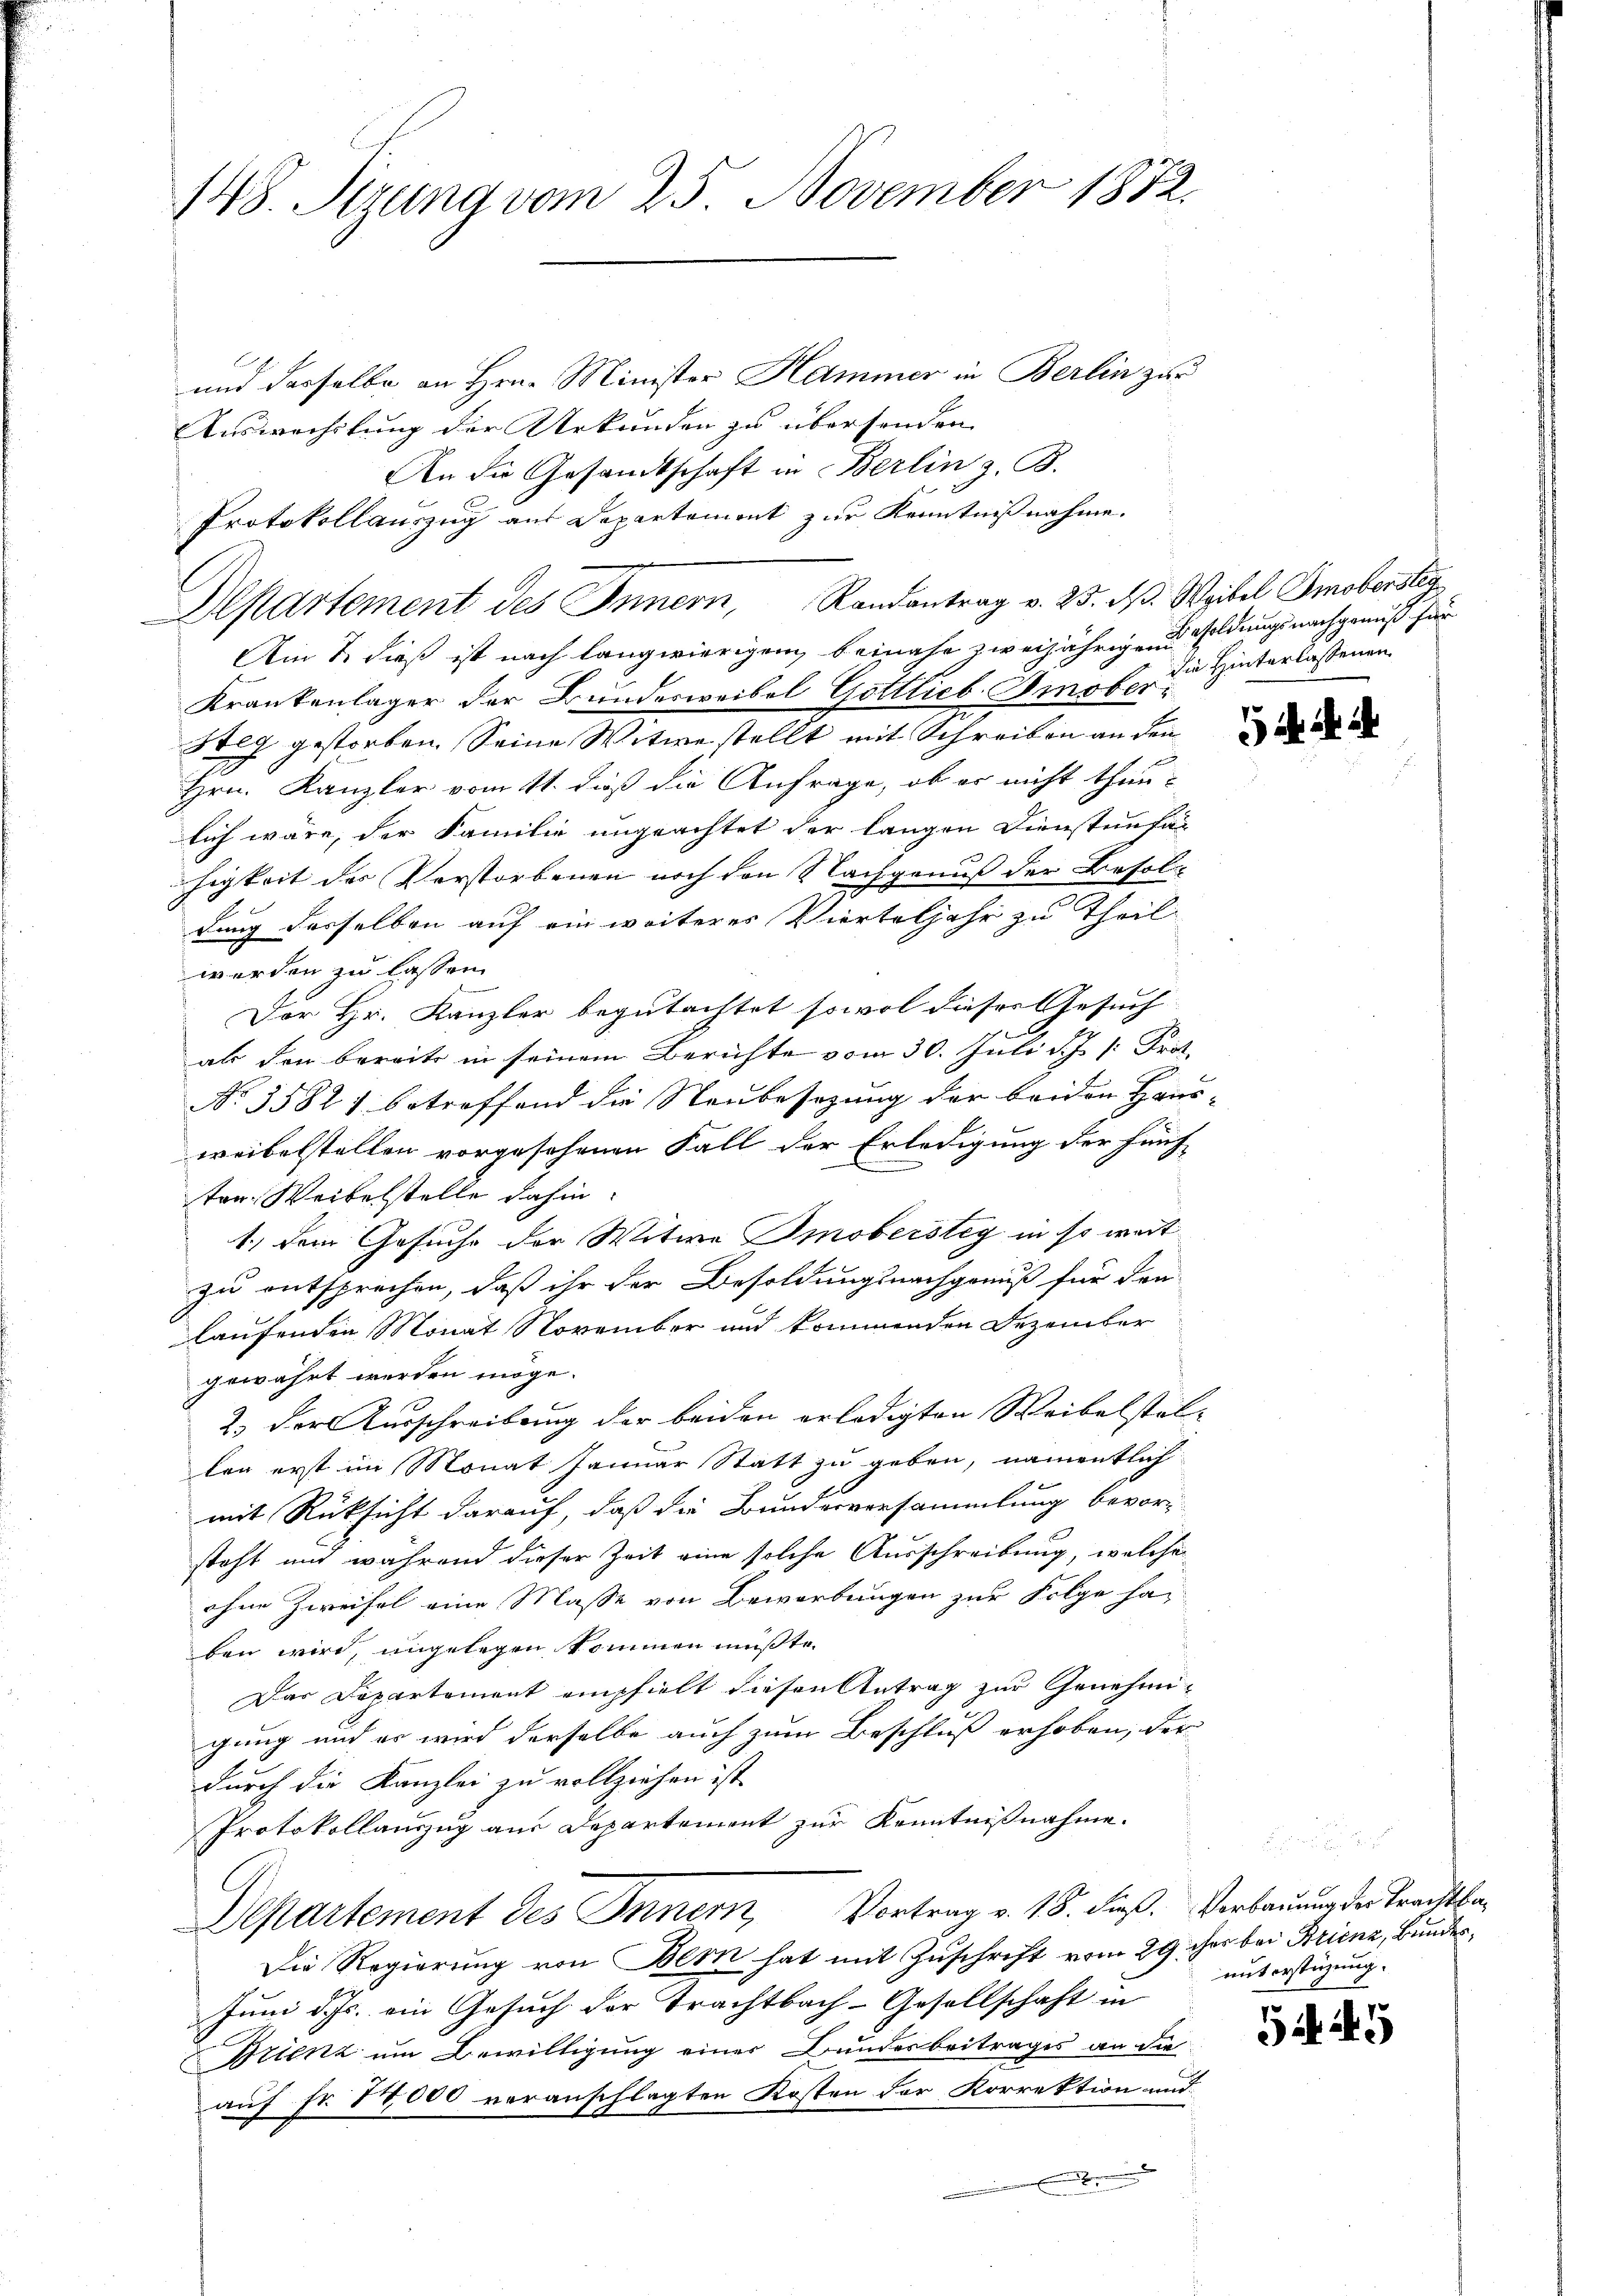
148. Sizung vom 25. November 1872.

und dasselbe an Hrn. Minister Hammer in Berlin zur
Auswechstung der Urkunden zu übersenden |
An die Gesamtschaft in Berlin z. B.
Protokollauszug aus Departement zur Kenntnißnahme.
Aepartement des Innern, Randantrag v. 25. ds. Waibel Amobersteig
Am 7. dieß ist nach langwierigen beinahe zweijährigen soldungs nachgenuß für
Krankenlager der Bundesweibel Gottlieb Gmober.
steg gestorben. Seine Witwe stellt mit Schreiben an den
Hrn. Kanzler vom 11. daß die Anfrage, ob er nicht thun-
lich wäre, der Familie ungeachtet der langen Dienstenfan
higkeit des Verstorbenen noch den Nachgenuß der Befolg
dung derselben auf ein weiteres Vierteljahr zu Theil
werden zu lassen.
Der Hr. Kanzler begutachtet sowol dieses Gesuch |
als den bereits in seinem Berichte vom 30. Juli d. J. k. Prot.
No. 35827 betreffend die Neubesezung der beiden Haus-
weibelstellen vorgesehenen Fall der Erledigung der fünf
ten. Weibelstelle dahin:
1.) Dem Gesuche der Witwe Imobersteg in so weit
zu entsprechen, daß ihr der Besoldungsnachgenuß für den
laufenden Monat November und kommenden Dezember
gewährt werden möge.
2.) Der Ausschreibung der beiden erledigten Weibelstel-
ton erst im Monat Januar Statt zu geben, namentlich
mit Rücksicht darauf, daß die Bundesversammlung bevorsteht und während dieser Zeit eine solche Ausschreibung, welche
ohne Zweifel eine Masse von Bewerbungen zur Folge han
ben wird, ungelegen kommen müßte.
Das Departement empfielt diesen Antrag zur Genehmigung und es wird derselbe auch zum Beschluß erhoben, der
durch die Kanzlei zu vollziehen ist,
Protokollauszug aus Departement zur Kenntnißnahme.
Departement des Innern, Vortrag v. 18. dieß. Verbauung der Trachtbar
Die Regierung von Bern hat mit Zuschrift vom 29. ihn bei Brienz, Bundes¬
Juni d. Js. ein Gesuch der Trachtbach-Gesellschaft in
Brienz um Bewilligung einer Bundesbeitrages an die
auf Fr. 77000 veranschlagten Kosten der Korrektion und

die Hinterlassenen

5

unterstüzung.

5M 49